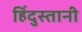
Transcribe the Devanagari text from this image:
हिँदुस्तानी